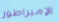
الإمبراطور